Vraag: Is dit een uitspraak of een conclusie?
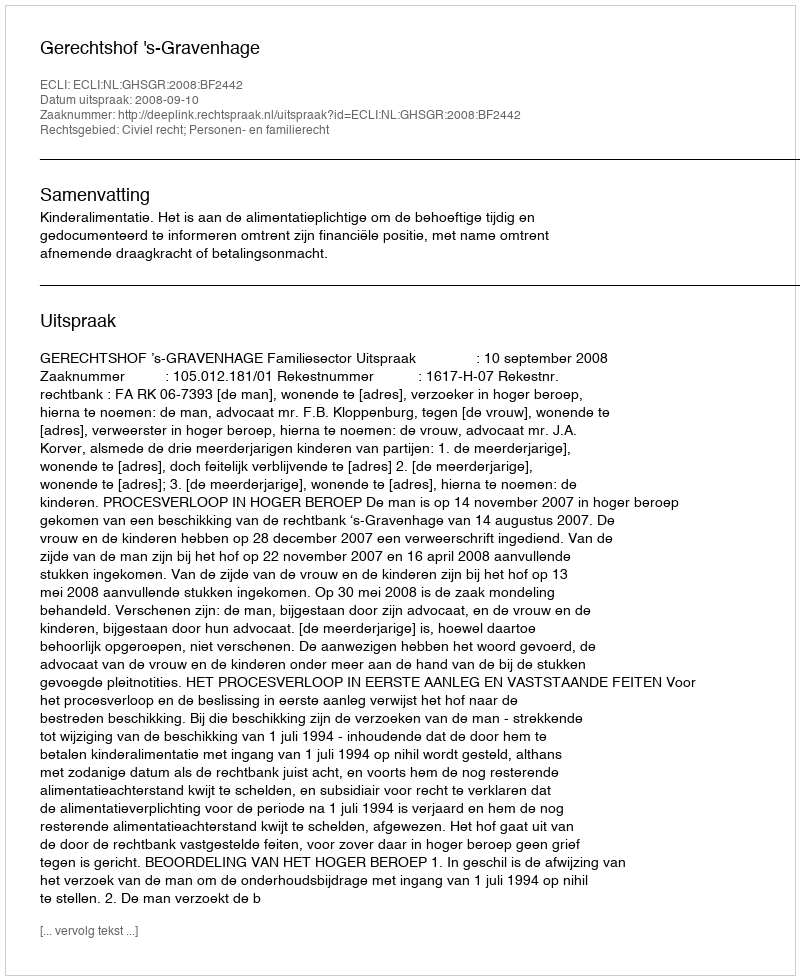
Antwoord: Uitspraak